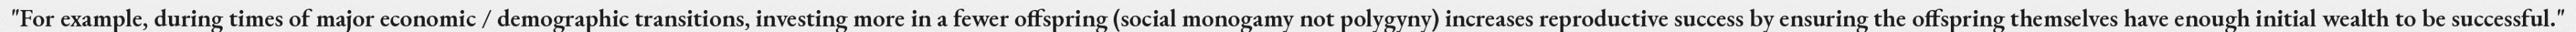
"For example, during times of major economic / demographic transitions, investing more in a fewer offspring (social monogamy not polygyny) increases reproductive success by ensuring the offspring themselves have enough initial wealth to be successful."